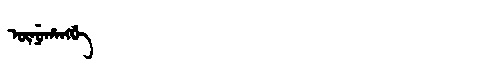
Manchu: ᡡᠨᡠᡥᠠᠩᡤᡝ
Romanization: ŪNUHANGGE